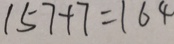
1 5 7 + 7 = 1 6 4